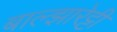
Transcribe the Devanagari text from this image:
बाल्झारेट्टी